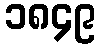
၁၈၄၉